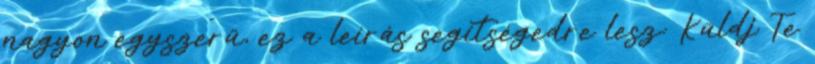
nagyon egyszerű, ez a leírás segítségedre lesz: Küldj Te